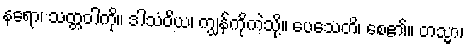
နရော၊ သတ္တဝါကို။ ဒါသံဝိယ၊ ကျွန်ကိုကဲ့သို့။ ပေသေတိ၊ စေ၏။ တသ္မာ၊